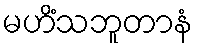
မဟိံသဘူတာနံ